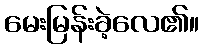
မေးမြန်းခဲ့လေ၏။